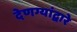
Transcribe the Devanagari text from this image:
देणग्यांद्वारे